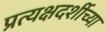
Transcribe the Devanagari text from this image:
प्रत्यक्षदर्शीच्या